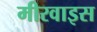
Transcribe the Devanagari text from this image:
मीरवाइस